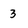
Character: 3